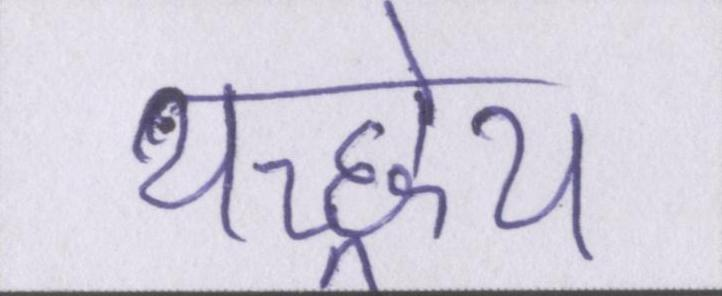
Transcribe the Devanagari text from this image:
यच्छ्रेय